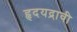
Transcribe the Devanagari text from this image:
हृदयद्रावी